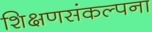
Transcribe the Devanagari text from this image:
शिक्षणसंकल्पना